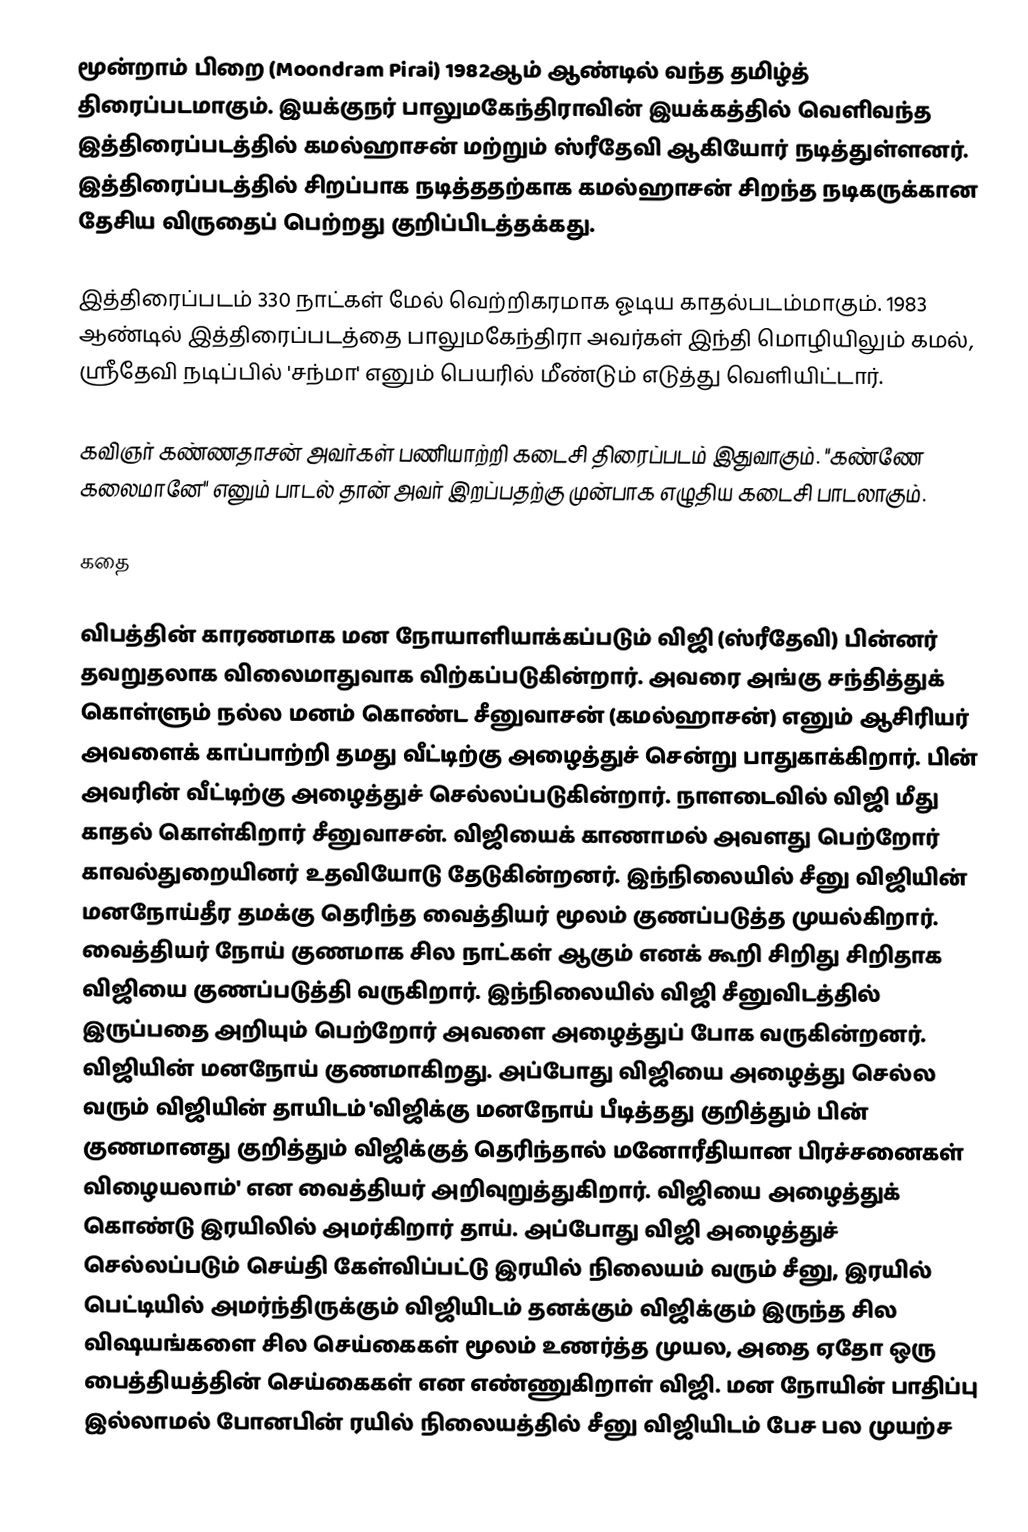
மூன்றாம் பிறை (Moondram Pirai) 1982ஆம் ஆண்டில் வந்த தமிழ்த் திரைப்படமாகும். இயக்குநர் பாலுமகேந்திராவின் இயக்கத்தில் வெளிவந்த இத்திரைப்படத்தில் கமல்ஹாசன் மற்றும் ஸ்ரீதேவி ஆகியோர் நடித்துள்ளனர். இத்திரைப்படத்தில் சிறப்பாக நடித்ததற்காக கமல்ஹாசன் சிறந்த நடிகருக்கான தேசிய விருதைப் பெற்றது குறிப்பிடத்தக்கது.

இத்திரைப்படம் 330 நாட்கள் மேல் வெற்றிகரமாக ஓடிய காதல்படம்மாகும்.  1983 ஆண்டில் இத்திரைப்படத்தை பாலுமகேந்திரா அவர்கள் இந்தி மொழியிலும் கமல், ஸ்ரீதேவி நடிப்பில் 'சந்மா' எனும் பெயரில் மீண்டும் எடுத்து வெளியிட்டார்.

கவிஞர் கண்ணதாசன் அவர்கள் பணியாற்றி கடைசி திரைப்படம் இதுவாகும். "கண்ணே கலைமானே" எனும் பாடல் தான் அவர் இறப்பதற்கு முன்பாக எழுதிய கடைசி பாடலாகும்.

கதை

விபத்தின் காரணமாக மன நோயாளியாக்கப்படும் விஜி (ஸ்ரீதேவி) பின்னர் தவறுதலாக விலைமாதுவாக விற்கப்படுகின்றார். அவரை அங்கு சந்தித்துக் கொள்ளும் நல்ல மனம் கொண்ட சீனுவாசன் (கமல்ஹாசன்) எனும் ஆசிரியர் அவளைக்  காப்பாற்றி தமது வீட்டிற்கு அழைத்துச் சென்று பாதுகாக்கிறார். பின் அவரின் வீட்டிற்கு அழைத்துச் செல்லப்படுகின்றார். நாளடைவில் விஜி மீது காதல் கொள்கிறார் சீனுவாசன். விஜியைக் காணாமல் அவளது பெற்றோர் காவல்துறையினர் உதவியோடு தேடுகின்றனர். இந்நிலையில் சீனு விஜியின் மனநோய்தீர தமக்கு தெரிந்த வைத்தியர் மூலம் குணப்படுத்த முயல்கிறார். வைத்தியர் நோய் குணமாக சில நாட்கள் ஆகும் எனக் கூறி சிறிது சிறிதாக விஜியை குணப்படுத்தி வருகிறார். இந்நிலையில் விஜி சீனுவிடத்தில் இருப்பதை அறியும் பெற்றோர் அவளை அழைத்துப் போக வருகின்றனர். விஜியின் மனநோய் குணமாகிறது. அப்போது விஜியை அழைத்து செல்ல வரும் விஜியின் தாயிடம் 'விஜிக்கு மனநோய் பீடித்தது குறித்தும் பின் குணமானது குறித்தும் விஜிக்குத் தெரிந்தால் மனோரீதியான பிரச்சனைகள் விழையலாம்' என வைத்தியர் அறிவுறுத்துகிறார். விஜியை அழைத்துக் கொண்டு இரயிலில் அமர்கிறார் தாய். அப்போது விஜி அழைத்துச் செல்லப்படும் செய்தி கேள்விப்பட்டு இரயில் நிலையம் வரும் சீனு, இரயில் பெட்டியில் அமர்ந்திருக்கும் விஜியிடம் தனக்கும் விஜிக்கும் இருந்த சில விஷயங்களை சில செய்கைகள் மூலம் உணர்த்த முயல, அதை ஏதோ ஒரு பைத்தியத்தின் செய்கைகள் என எண்ணுகிறாள் விஜி. மன நோயின் பாதிப்பு இல்லாமல் போனபின் ரயில் நிலையத்தில் சீனு விஜியிடம் பேச  பல முயற்ச